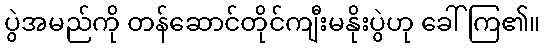
ပွဲအမည်ကို တန်ဆောင်တိုင်ကျီးမနိုးပွဲဟု ခေါ်ကြ၏။